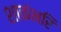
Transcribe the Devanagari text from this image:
शाकंभरि